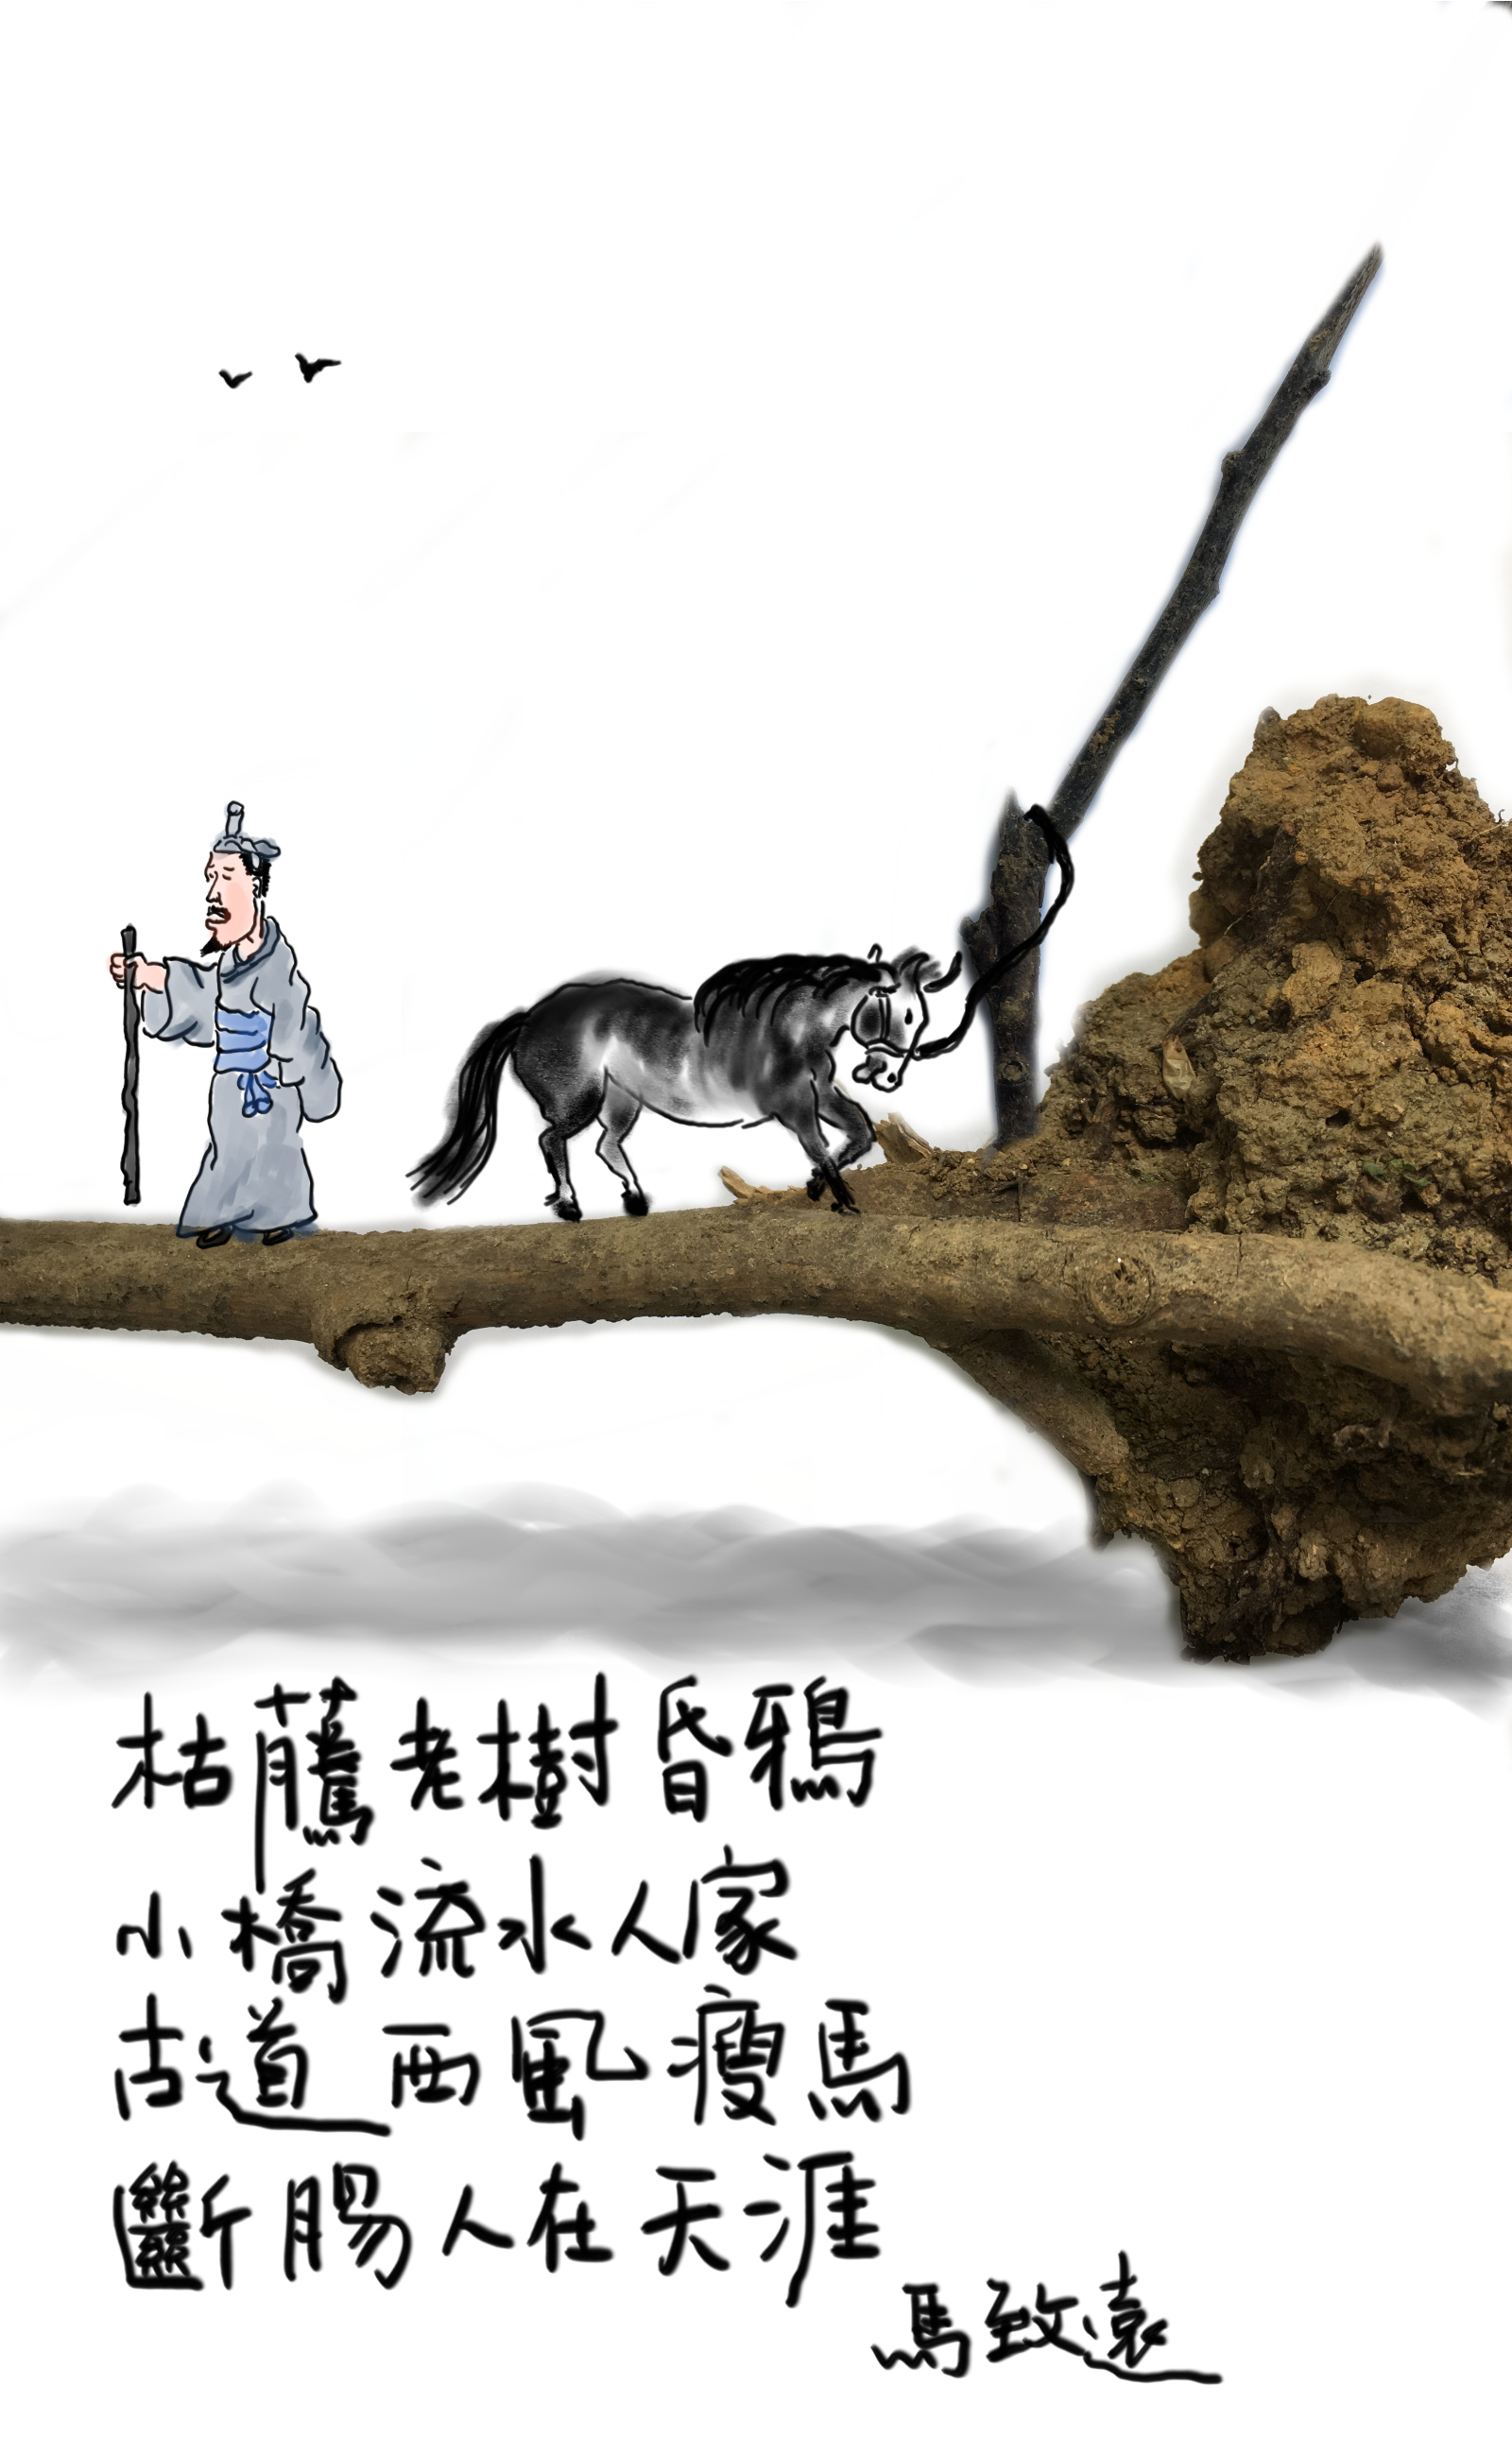
枯藤老树昏鸦，小桥流水人家，古道西风瘦马。